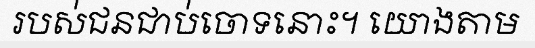
របស់ជនជាប់ចោទនោះ។ យោងតាម